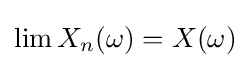
\lim X_{n}(\omega )=X(\omega )